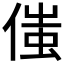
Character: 𠋷